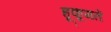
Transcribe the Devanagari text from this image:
हूकूमतें